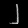
Digit: ၂